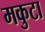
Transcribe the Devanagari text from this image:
मकुटा